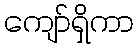
ကျော်ရှိကာ